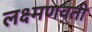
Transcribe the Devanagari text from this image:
लक्ष्मणवती